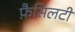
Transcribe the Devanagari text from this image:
फ़ैसिलटी